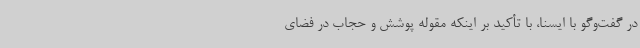
در گفت‌وگو با ایسنا، با تأکید بر اینکه مقوله پوشش و حجاب در فضای